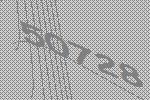
50728